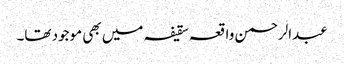
عبدالرحمن واقعہ سقیفہ میں بھی موجود تھا۔